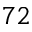
7 2